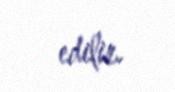
edilir.